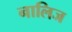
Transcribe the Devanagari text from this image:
नालिज